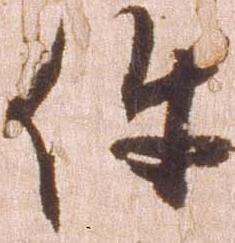
件